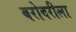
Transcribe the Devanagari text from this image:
बरोबरीला